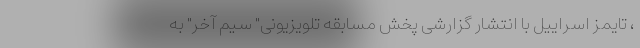
، تایمز اسراییل با انتشار گزارشی پخش مسابقه تلویزیونی" سیم آخر" به